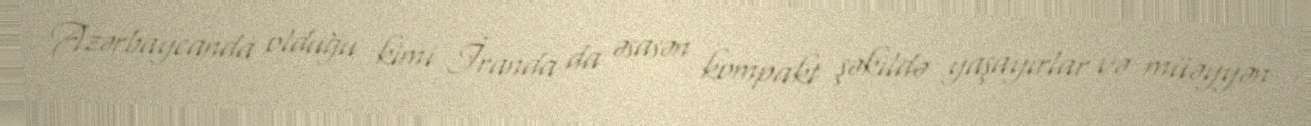
Azərbaycanda olduğu kimi İranda da əsasən kompakt şəkildə yaşayırlar və müəyyən